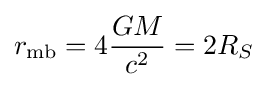
r_{\mathrm {mb} }=4{\frac {GM}{c^{2}}}={2R_{S}}